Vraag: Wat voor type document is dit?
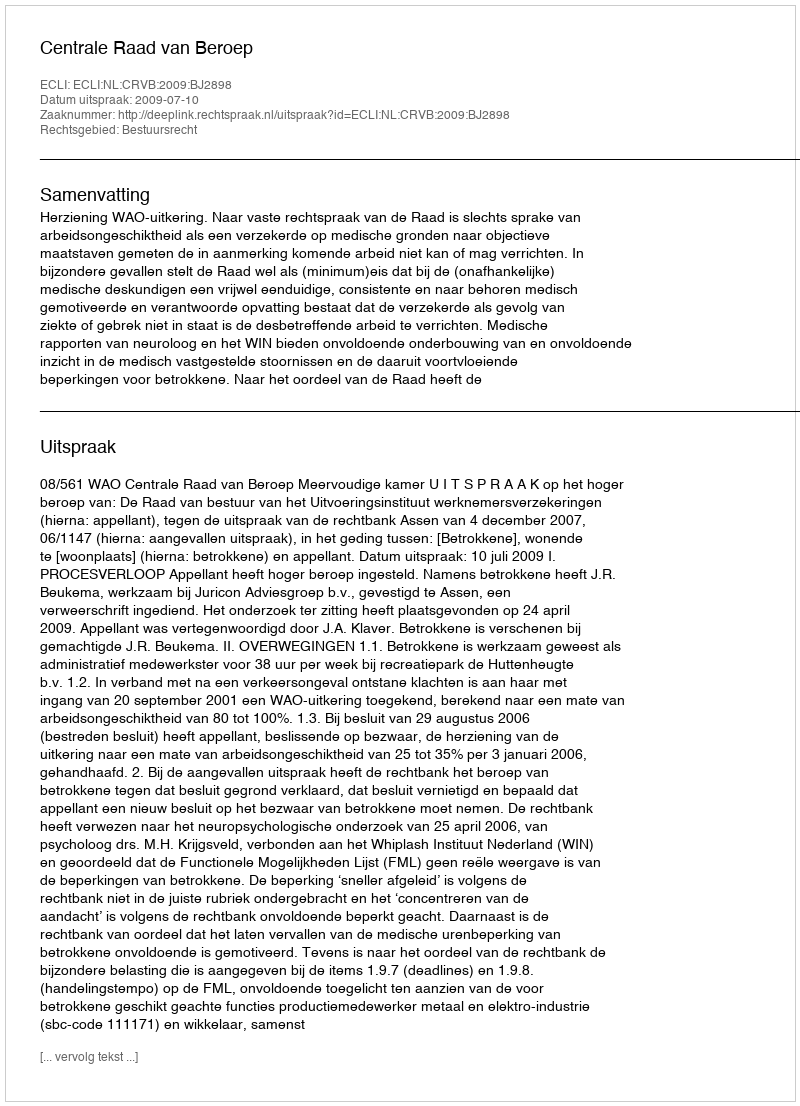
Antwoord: Uitspraak